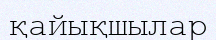
қайықшылар